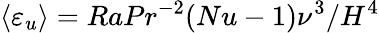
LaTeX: \langle\varepsilon_{u}\rangle=RaPr^{-2}(Nu-1)\nu^{3}/H^{4}